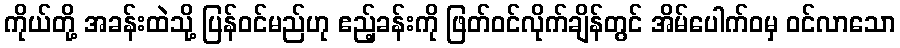
ကိုယ်တို့ အခန်းထဲသို့ ပြန်ဝင်မည်ဟု ဧည့်ခန်းကို ဖြတ်ဝင်လိုက်ချိန်တွင် အိမ်ပေါက်ဝမှ ဝင်လာသော